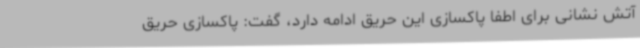
آتش نشانی برای اطفا پاکسازی این حریق ادامه دارد، گفت: پاکسازی حریق